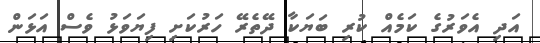
އަދި އެވަރުގެ ކަމެއް ކުރި ބަޔަކާ ދޭތެރޭ ހަރުކަށި ފިޔަވަޅު ވެސް އަޅަން